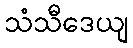
သံသီဒေယျ